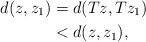
LaTeX: \begin{align*}d(z,z_1) &= d(Tz,Tz_1)\\&< d(z,z_1),\end{align*}